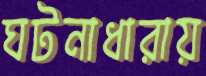
ঘটনাধারায়